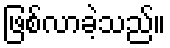
ဖြစ်လာခဲ့သည်။